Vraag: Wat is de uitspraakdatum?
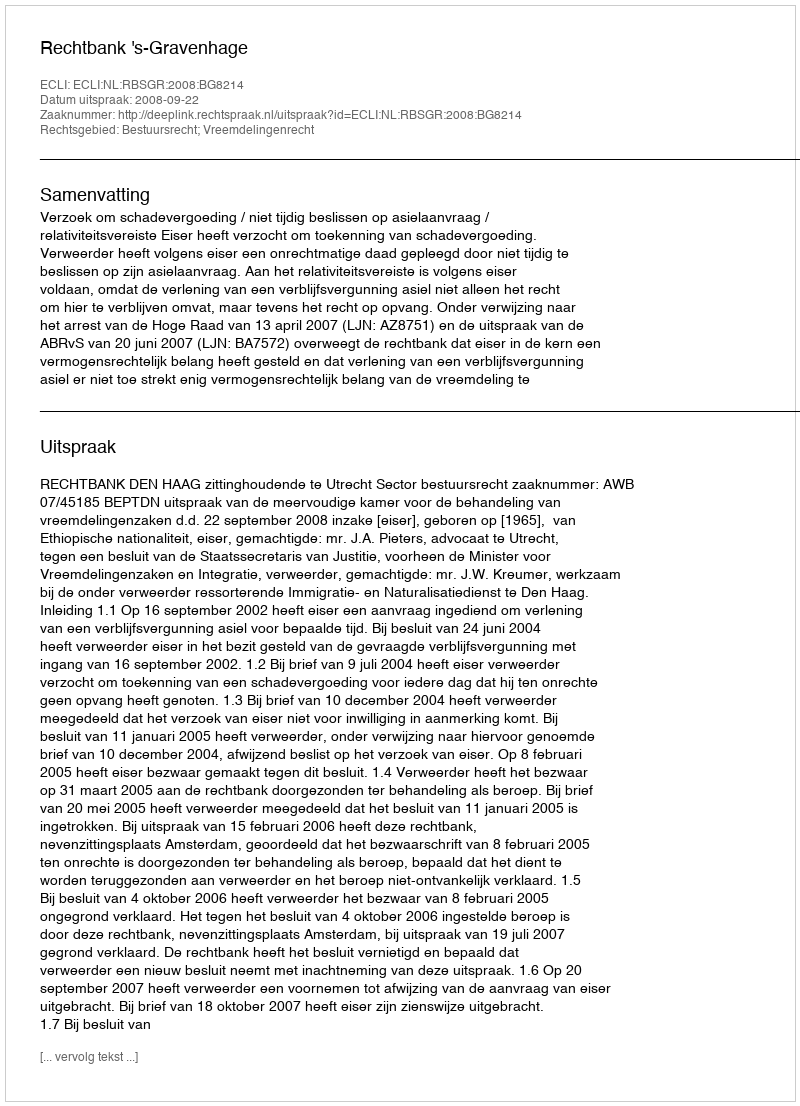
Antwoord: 2008-09-22